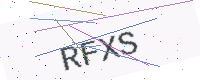
Text: RFXS